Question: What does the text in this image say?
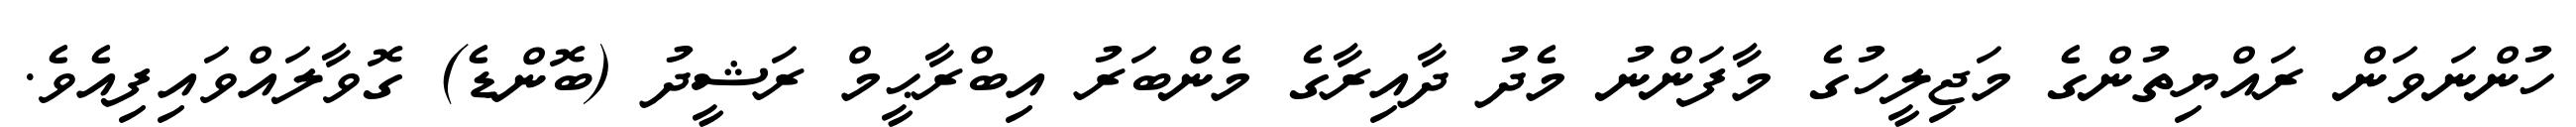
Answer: ހުންނަވަން ރައްޔިތުންގެ މަޖިލީހުގެ މާފަންނު މެދު ދާއިރާގެ މެންބަރު އިބްރާޙީމް ރަޝީދު (ބޮންޑެ) ގޮވާލައްވައިފިއެވެ.